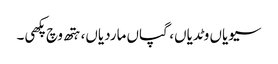
سیویاں وٹدیاں، گپاں ماردیاں، ہتھ وچ پکھی۔